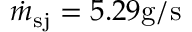
\dot { m } _ { \mathrm { s j } } = 5 . 2 9 \mathrm { g / s }